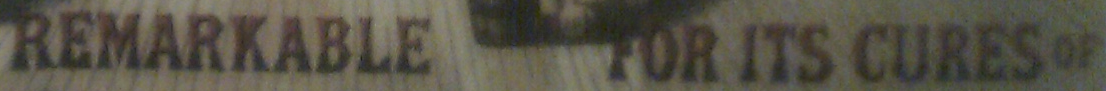
REMARKABLE FOR ITS CURES OF